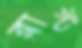
ব্লাস্ট